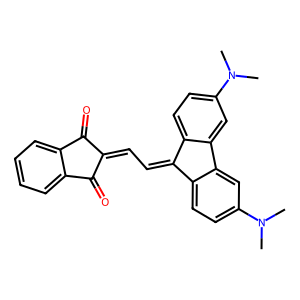
SMILES: CN(C)c1ccc2c(c1)-c1cc(N(C)C)ccc1C2=CC=C1C(=O)c2ccccc2C1=O
Inhibits HIV replication: No